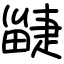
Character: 疀